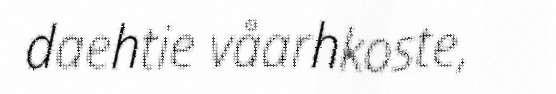
daehtie våarhkoste,